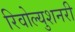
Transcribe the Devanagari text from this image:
रिवोल्युशनरी